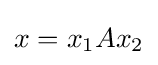
x=x_{1}Ax_{2}